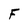
Character: F